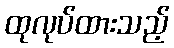
ထုလုပ်ထားသည့်